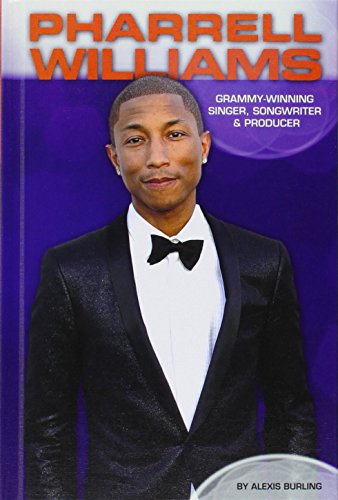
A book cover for Pharrell Williams: Grammy-Winning Singer, Songwriter & Producer (Contemporary Lives Set 4); Alexis Burling; Teen & Young Adult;